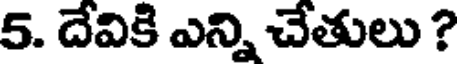
5. దేవికి ఎన్ని చేతులు ?